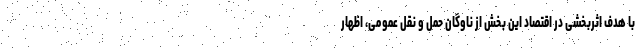
با هدف اثربخشی در اقتصاد این بخش از ناوگان حمل و نقل عمومی، اظهار